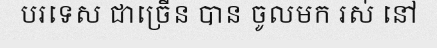
បរទេស ជាច្រើន បាន ចូលមក រស់ នៅ